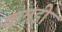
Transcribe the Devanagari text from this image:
कन्नडी